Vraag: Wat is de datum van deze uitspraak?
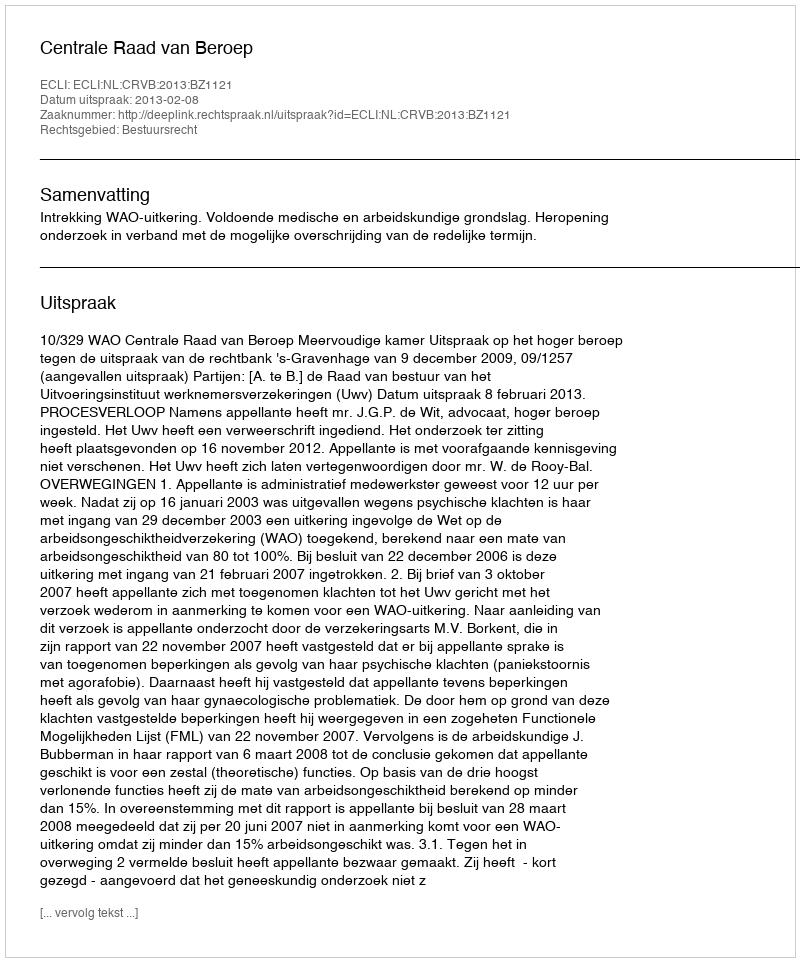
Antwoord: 2013-02-08